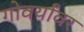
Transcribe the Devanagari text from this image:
गोवर्यांवर